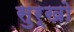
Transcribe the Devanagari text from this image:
सुर्खो